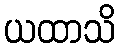
ယထာသိ